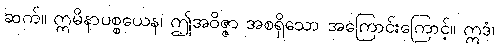
ဆက်။ ဣမိနာပစ္စယေန၊ ဤအဝိဇ္ဇာ အစရှိသော အကြောင်းကြောင့်။ ဣဒံ၊